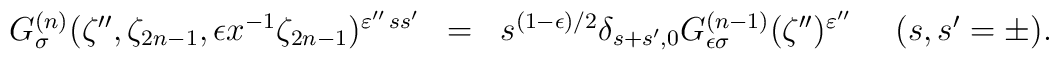
\begin{array}{rcl}G_{\sigma}^{(n)} (\zeta'',\zeta_{2n-1}, \epsilon x^{-1}\zeta_{2n-1})^{\varepsilon''\, ss'} &=&s^{(1-\epsilon )/2}\delta_{s+s',0}G_{\epsilon\sigma}^{(n-1)} (\zeta'')^{\varepsilon''} ~~~~ (s,s'=\pm ). \end{array}